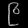
Digit: ၉